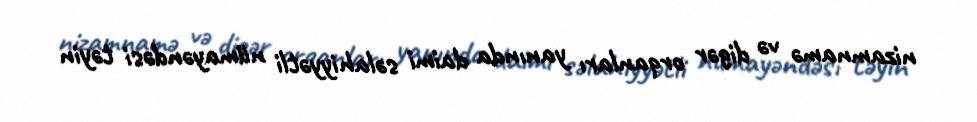
nizamnamə və digər orqanları yanında daimi səlahiyyətli nümayəndəsi təyin